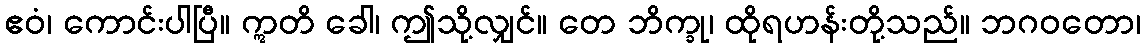
ဧဝံ၊ ကောင်းပါပြီ။ ဣတိ ခေါ၊ ဤသို့လျှင်။ တေ ဘိက္ခု၊ ထိုရဟန်းတို့သည်။ ဘဂဝတော၊